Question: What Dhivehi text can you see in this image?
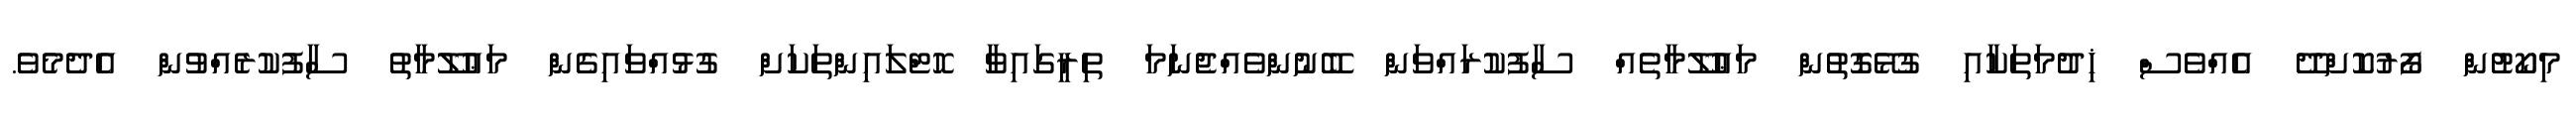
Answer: މިކޯޓުން ފޯރުކޮށްދޭ އެއްވެސް ޚިދުމަތަކާއި ގުޅޭގޮތުން މަޢުލޫމާތެއް ސާފުކުރައްވަން ބޭނުންވެއްޖެނަމަ ތިރީގައިވާ ހޮޓްލައިންތަކަށް ގުޅުއްވައިގެން މަޢުލޫމާތު ސާފުކުރެއްވުން އެދެމެވެ.